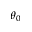
\theta _ { 0 }